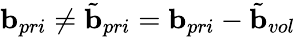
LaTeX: \mathbf{b}_{pri}\neq\tilde{\mathbf{b}}_{pri}=\mathbf{b}_{pri}-\tilde{\mathbf{b}}_{vol}